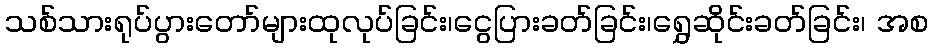
သစ်သားရုပ်ပွားတော်များထုလုပ်ခြင်း၊ငွေပြားခတ်ခြင်း၊ရွှေဆိုင်းခတ်ခြင်း၊ အစ